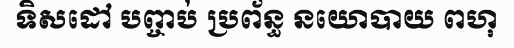
ទិសដៅ បព្ចាប់ ប្រព័ន្ធ នយោបាយ ពហុ